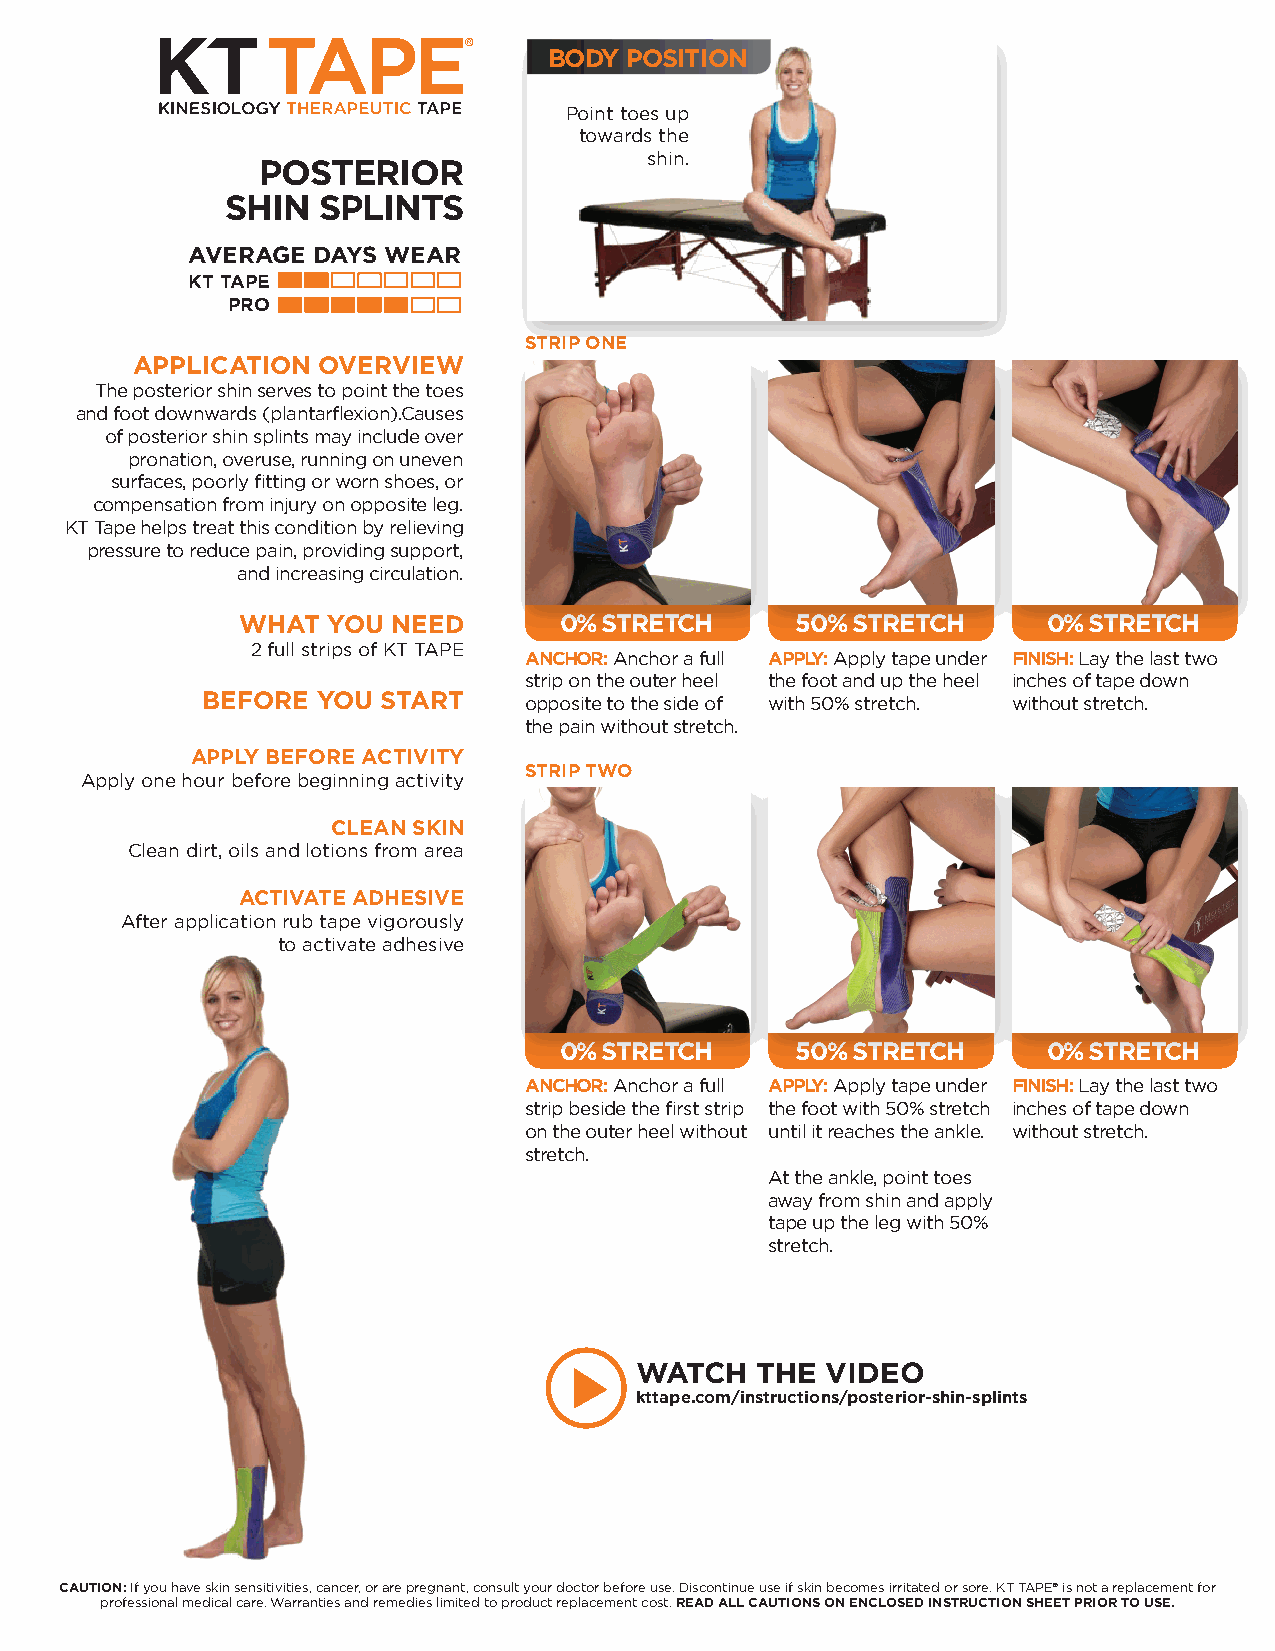
BODY POSITION
 Point toes up
 towards the
 shin.
 POSTERIOR
 SHIN  SPLINTS
 AVERAGE  DAYS WEAR
 KT TAPE
 PRO
 STRIP ONE
 APPLICATION OVERVIEW
 The posterior shin serves to point the toes
 and foot downwards (plantarflexion).Causes
 of posterior shin splints may include over
 pronation, overuse, running on uneven
 surfaces, poorly fitting or worn shoes, or
 compensation from injury on opposite leg.
 KT Tape helps treat this condition by relieving
 pressure to reduce pain, providing support,
 and increasing circulation.
 WHAT  YOU NEED       0% STRETCH      50% STRETCH     0% STRETCH
 2 full strips of KT TAPE
 ANCHOR: Anchor a full APPLY: Apply tape under FINISH: Lay the last two
 strip on the outer heel the foot and up the heel inches of tape down
 BEFORE  YOU START     opposite to the side of with 50% stretch. without stretch.
 the pain without stretch.
 APPLY BEFORE ACTIVITY
 STRIP TWO
 Apply one hour before beginning activity
 CLEAN SKIN
 Clean dirt, oils and lotions from area
 ACTIVATE ADHESIVE
 After application rub tape vigorously
 to activate adhesive
 0% STRETCH      50% STRETCH     0% STRETCH
 ANCHOR: Anchor a full APPLY: Apply tape under FINISH: Lay the last two
 strip beside the first strip the foot with 50% stretch inches of tape down
 on the outer heel without until it reaches the ankle. without stretch.
 stretch.
 At the ankle, point toes
 away from shin and apply
 tape up the leg with 50%
 stretch.
 WATCH   THE  VIDEO
 kttape.com/instructions/posterior-shin-splints
 CAUTION: If you have skin sensitivities, cancer, or are pregnant, consult your doctor before use. Discontinue use if skin becomes irritated or sore. KT TAPE® is not a replacement for
 professional medical care. Warranties and remedies limited to product replacement cost. READ ALL CAUTIONS ON ENCLOSED INSTRUCTION SHEET PRIOR TO USE.